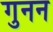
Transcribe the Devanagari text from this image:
गुनन